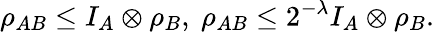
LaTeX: \rho_{AB}\leq I_{A}\otimes\rho_{B},~\rho_{AB}\leq 2^{-\lambda}I_{A}\otimes\rho_{B}.